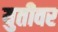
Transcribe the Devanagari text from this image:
युतीवर